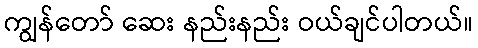
ကျွန်တော် ဆေး နည်းနည်း ဝယ်ချင်ပါတယ်။